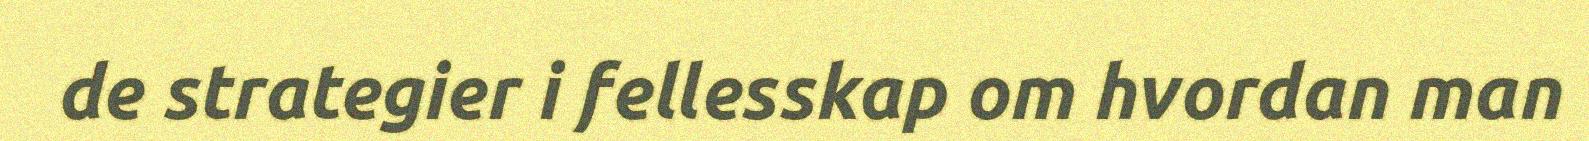
de strategier i fellesskap om hvordan man